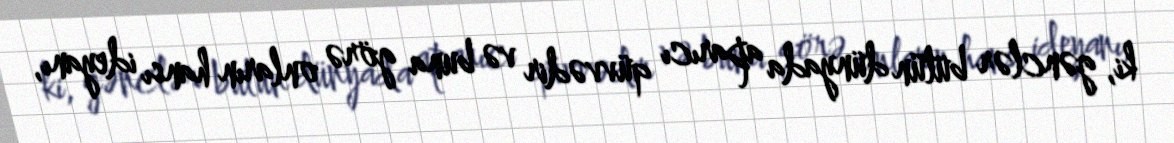
ki, gənclər bütün dünyada aparıcı qüvvədir və buna görə onların hansı ideyanı,